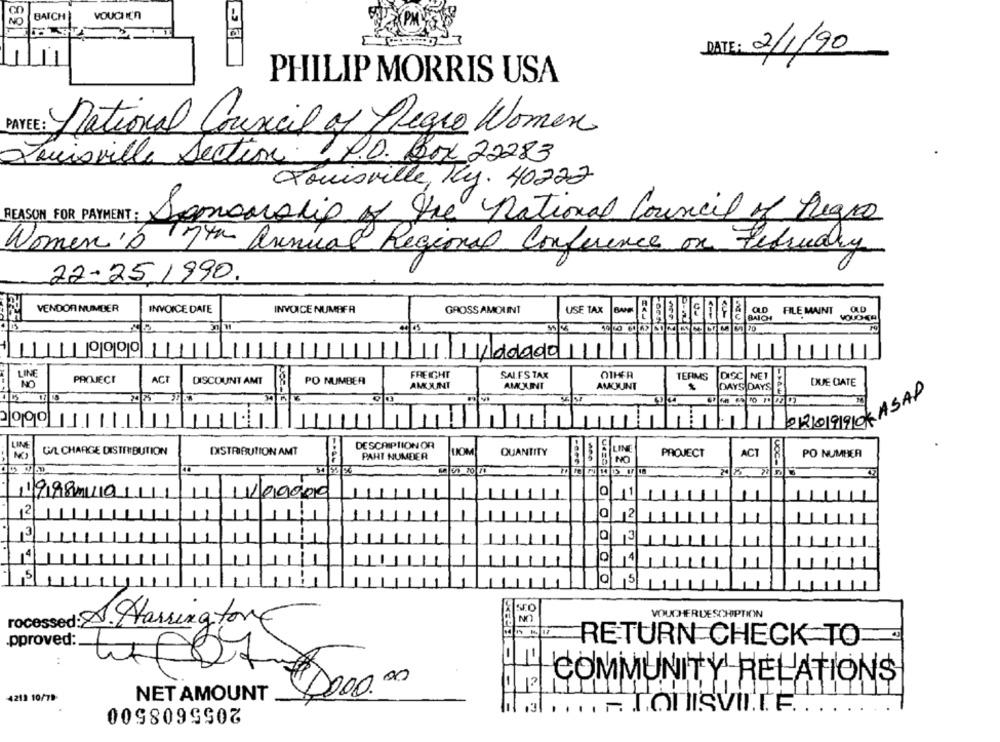
188
NC
BAICH
VOUCH IEn
DATE: 2/1/90
PHILIP MORRIS USA
National Council of Regio Women
Thuisville Section P.O. Box 22283
Louisville, Ky. 40222
REASON FOR PAYMENT: Dopomocip of the national Council of Regio
Women's 7th annual Regional Conference on February
22-25.1990.
VENDOR NUMBER
INVOICE DATE
INVOICE NUMBER
GROSS AMOUNT
USE TAX
BANK
FILE MAINT
<--
BAICH
199991
dag00111
LINE
PROJECT
ACI
FREIGHT
SALES TAX
OTHER
TERMS
NET
NO
DISCOUNT AMT
PO NUMBER
AMOUNT
AMOUNT
AMOUNT
DAYS DAYS
QUE CIATE
0209900ASAP
DESCRIPTION OR
UL CHARGE DISTRIBUTION
DISTRIBUTION AMT
LOM
QUANTITY
PROJECT
ACT
PO NUMBER
PAHT NUMEER
VOC-
1998010
100000
12
0 1
12
131
13
14
5
VOUCHERDESCHIPTION
TOcessed: A. Harrington
.pproved:
RETURN CHECK TO
12
COMMUNITY RELATIONS
-
-4219 10/79-
NET AMOUNT
1000.00
2055608500
3
... A TonISVITTE.